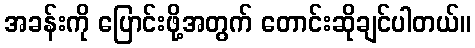
အခန်းကို ပြောင်းဖို့အတွက် တောင်းဆိုချင်ပါတယ်။